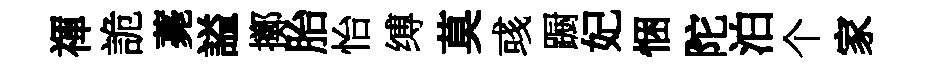
禈詭薧謚擲胎怡缚莫彧蹰妃悃陀泊个家